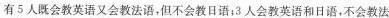
有5人既会教英语又会教法语，但不会教日语；3人会教英语和日语，不会教法